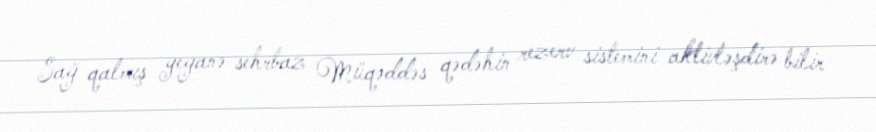
Sağ qalmış yeganə sehrbaz Müqəddəs qədəhin rezerv sistemini aktivləşdirə bilir